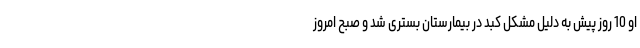
او 10 روز پیش به دلیل مشکل کبد در بیمارستان بستری شد و صبح امروز